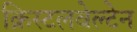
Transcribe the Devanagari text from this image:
क्रिस्टलवेल्टेन